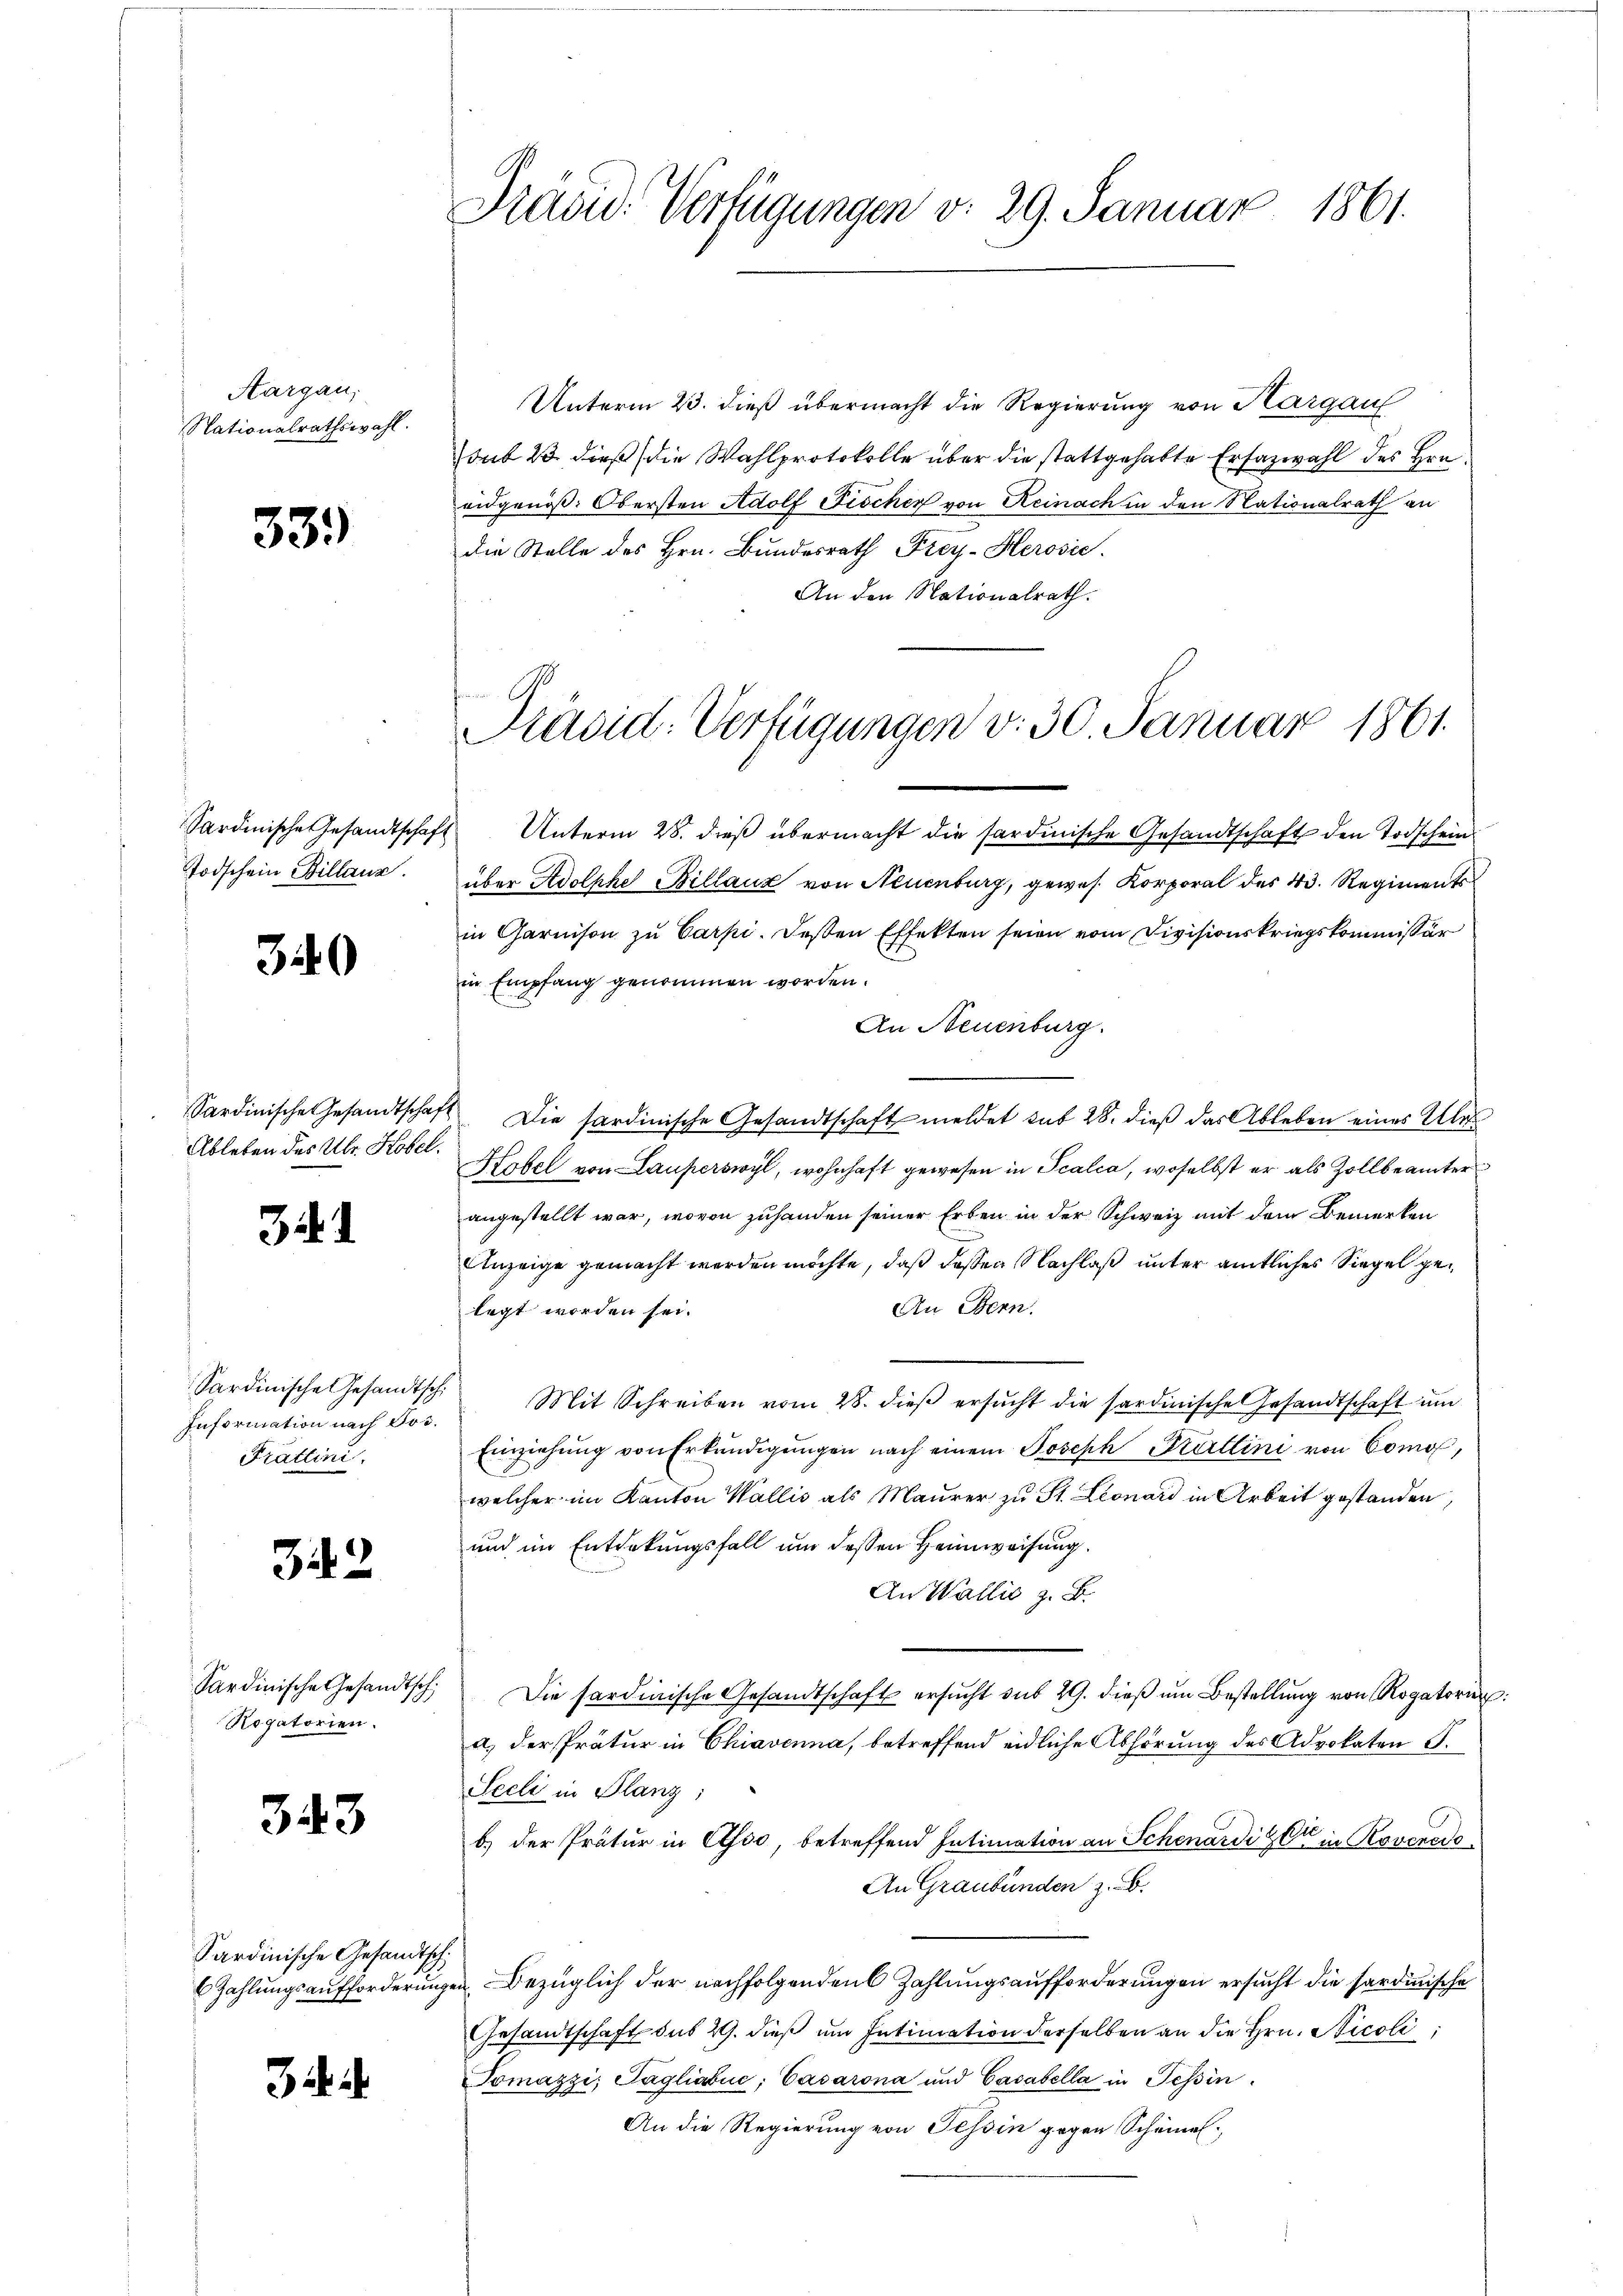
Aargau,
Nationalrathswahl.

33.)

Sardinische Gesandtschaft
Todschein Billanz.

340

Sardinische Gesandtscha
Ableben des Ubr. Kobel.

.

Information nach Jos.
Prätlini.

342

Sardinische Gesandtsch,
Rogatorien.

323

Sardinische Gesandtsch

Präsid. Verfügungen v. 29. Januar 1861.

.
Präsid: Verfügungen v. 30. Januar 1861.

Unterm 23. dieß übermacht die Regierung von Kargau
Jsub 23 dieß die Wahlprotokolle über die stattgehabte Ersazwahl des Hrn.
eidgenöß. Obersten Adolf Fischer von Reinach in den Nationalrath an
die Stelle des Hrn. Bundesrath Frey-Herović.
An den Nationalrath.

Unterm 28. dieß übermacht die sardinische Gesandtschaft den Todschein
über Adolphe Billauz von Neuenburg, gewes. Korporal des 43. Regiments
in Garnison zu Carpi. Deßen Effekten seien vom Divisionskriegskommissär
in Empfang genommen worden.
An Neuenburg.
1 Die Sardinische Gesandtschaft meldet sub 28. dieß das Ableben eines Ales
Hobel von Lauferswyl, wohnhaft gewesen in Scalca, woselbst er als Zollbeamter
angestellt war, wovon zuhanden seiner Erben in der Schweiz mit dem Bemerken
Anzeige gemacht werden möchte, daß dassen Nachlaß unter amtliches Siegel ge¬
An Bern.
legt worden sei.
Sardinische Gesamtsch. Mit Schreiben vom 28. dieβ ersŭcht die sardinische Gesandtschaft ŭm
Einziehung von Erkundigungen nach einem Joseph Freitlini von Como,
welcher im Kanton Wallis als Maurer zu St. Leonard in Arbeit gestanden,
und im Entdekungsfall um dessen Heimweisung.
An Wallis z. B.
"Die sardinische Gesandtschaft ersŭcht sub 29. dieβ ŭm Bestellung von Rogatoren
a) Der Prätur in Chiavenna, betreffend eidliche Abhörung des Advokaten S.
Seeli in Flanz:
b.) der Pratur in Asso, betreffend Intimation an Schenardi & Cie in Roveredo
An Graubünden z. B.
Zahlungsaufforderungen bezüglich der nachfolgenden Zahlungsaufforderungen ersucht die Sardinische
Gesandtschaft dus 29. dieß um Intimation derselben an die Hrn. Nicoli
Tomázzi, Pagliabić, Casarona und Casabella in Tessin
An die Regierung von Tessin gegen Scheine